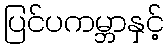
ပြင်ပကမ္ဘာနှင့်